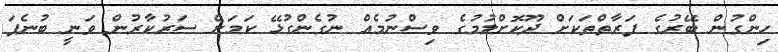
ހިންގުން ބޭރުގެ ފަރާތްތަކަށް ދޫކޮށްލުމުގެ ވިސްނުމެއް ނުގެންގުޅޭ ކަމަށް ސަރުކާރުން ވަނީ ބުނެފަ